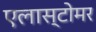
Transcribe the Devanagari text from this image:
एलास्टोमर